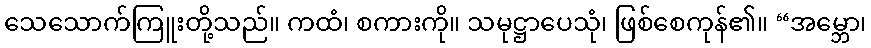
သေသောက်ကြူးတို့သည်။ ကထံ၊ စကားကို။ သမုဋ္ဌာပေသုံ၊ ဖြစ်စေကုန်၏။ “အမ္ဘော၊